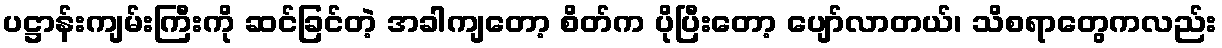
ပဋ္ဌာန်းကျမ်းကြီးကို ဆင်ခြင်တဲ့ အခါကျတော့ စိတ်က ပိုပြီးတော့ ပျော်လာတယ်၊ သိစရာတွေကလည်း